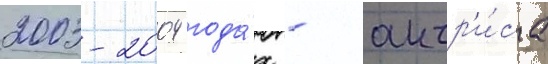
2003-2004 года́х - актр'и́са